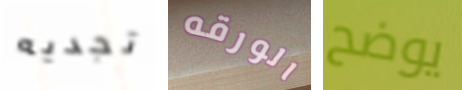
تجديه الورقه يوضح